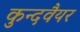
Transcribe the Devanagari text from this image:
कुन्दवैयर